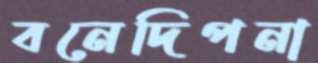
বনেদিপনা